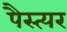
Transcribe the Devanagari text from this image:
पैस्त्यर